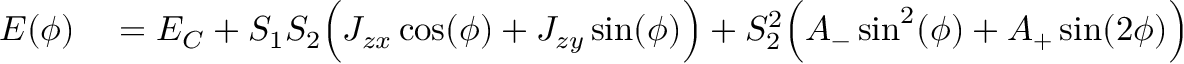
\begin{array} { r l } { E ( \phi ) } & { { } = E _ { C } + S _ { 1 } S _ { 2 } \Big ( J _ { z x } \cos ( \phi ) + J _ { z y } \sin ( \phi ) \Big ) + S _ { 2 } ^ { 2 } \Big ( A _ { - } \sin ^ { 2 } ( \phi ) + A _ { + } \sin ( 2 \phi ) \Big ) } \end{array}